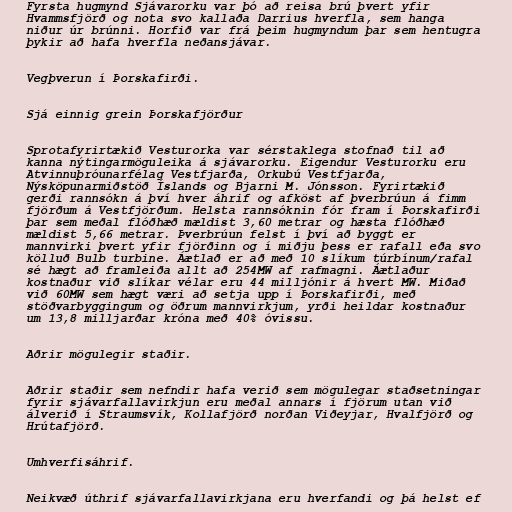
Fyrsta hugmynd Sjávarorku var þó að reisa brú þvert yfir
Hvammsfjörð og nota svo kallaða Darrius hverfla, sem hanga
niður úr brúnni. Horfið var frá þeim hugmyndum þar sem hentugra
þykir að hafa hverfla neðansjávar.

Vegþverun í Þorskafirði.

Sjá einnig grein Þorskafjörður

Sprotafyrirtækið Vesturorka var sérstaklega stofnað til að
kanna nýtingarmöguleika á sjávarorku. Eigendur Vesturorku eru
Atvinnuþróunarfélag Vestfjarða, Orkubú Vestfjarða,
Nýsköpunarmiðstöð Íslands og Bjarni M. Jónsson. Fyrirtækið
gerði rannsókn á því hver áhrif og afköst af þverbrúun á fimm
fjörðum á Vestfjörðum. Helsta rannsóknin fór fram í Þorskafirði
þar sem meðal flóðhæð mældist 3,60 metrar og hæsta flóðhæð
mældist 5,66 metrar. Þverbrúun felst í því að byggt er
mannvirki þvert yfir fjörðinn og í miðju þess er rafall eða svo
kölluð Bulb turbine. Áætlað er að með 10 slíkum túrbínum/rafal
sé hægt að framleiða allt að 254MW af rafmagni. Áætlaður
kostnaður við slíkar vélar eru 44 milljónir á hvert MW. Miðað
við 60MW sem hægt væri að setja upp í Þorskafirði, með
stöðvarbyggingum og öðrum mannvirkjum, yrði heildar kostnaður
um 13,8 milljarðar króna með 40% óvissu.

Aðrir mögulegir staðir.

Aðrir staðir sem nefndir hafa verið sem mögulegar staðsetningar
fyrir sjávarfallavirkjun eru meðal annars í fjörum utan við
álverið í Straumsvík, Kollafjörð norðan Viðeyjar, Hvalfjörð og
Hrútafjörð.

Umhverfisáhrif.

Neikvæð úthrif sjávarfallavirkjana eru hverfandi og þá helst ef